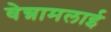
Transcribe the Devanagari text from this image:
वेन्नामलाई